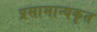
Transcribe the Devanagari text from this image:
प्रसामान्यकृत